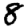
Digit: 8